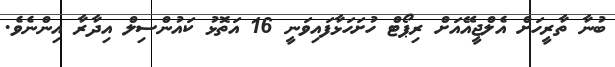
ބުނާ ތާރީހަށް އެލްޖީއޭއަށް ރިޕޯޓް ހުށަހަޅާފައިވަނީ 16 އަތޮޅު ކައުންސިލް އިދާރާ އިންނެވެ.